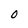
Character: 0